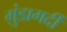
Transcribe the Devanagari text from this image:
ग़ुंडागर्दी